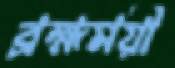
ব্রহ্মময়ী